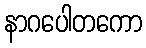
နာဂပေါတကော